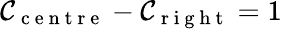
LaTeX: \mathcal{C}_{\mathrm{{~c~e~n~t~r~e~}}}-\mathcal{C}_{\mathrm{{~r~i~g~h~t~}}}=1